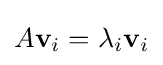
A\mathbf {v} _{i}=\lambda _{i}\mathbf {v} _{i}